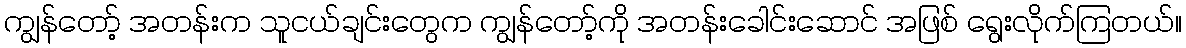
ကျွန်တော့် အတန်းက သူငယ်ချင်းတွေက ကျွန်တော့်ကို အတန်းခေါင်းဆောင် အဖြစ် ရွေးလိုက်ကြတယ်။